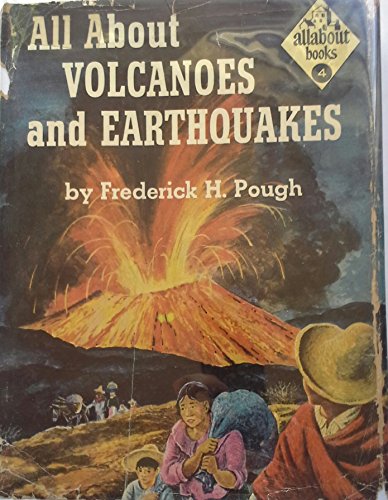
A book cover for All About Volcanoes and Earthquakes ( Allabout Books #4 ); Frederick H., Illustrated by Kurt Wiese Pough; Science & Math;